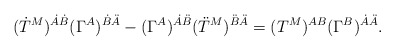
\begin{align*}(\dot T^M)^{\dot A\dot B} (\Gamma^A)^{\dot B\ddot A} -(\Gamma^A)^{\dot A\ddot B} (\ddot T^M)^{\ddot B\ddot A} = (T^M)^{AB}(\Gamma^B)^{\dot A\ddot A}. \end{align*}